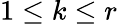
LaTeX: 1\leq k\leq r